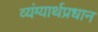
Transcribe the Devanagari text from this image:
व्यंग्यार्थप्रधान